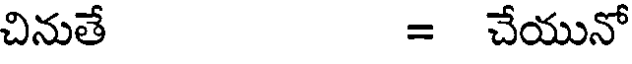
చినుతే = చేయునో